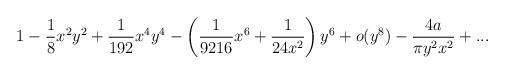
LaTeX: \begin{align*}1 - \frac {1}{8} x^2 y^2 + \frac {1}{192} x^4 y^4- \left(\frac {1}{9216} x^6 + \frac {1} {24 x^2} \right)y^6 + o(y^8)- \frac {4 a} {\pi y^2 x^2} + ...\end{align*}